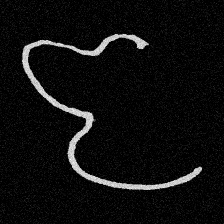
Pyu character \u2014 Myanmar letter: ဇ (romanized: ja)